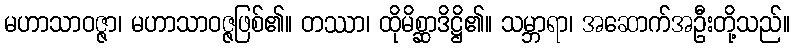
မဟာသာဝဇ္ဇာ၊ မဟာသာဝဇ္ဇဖြစ်၏။ တဿာ၊ ထိုမိစ္ဆာဒိဋ္ဌိ၏။ သမ္ဘာရာ၊ အဆောက်အဦးတို့သည်။